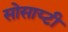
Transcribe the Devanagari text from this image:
सोसाय्टी